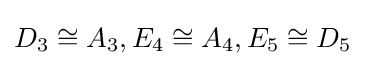
D_{3}\cong A_{3},E_{4}\cong A_{4},E_{5}\cong D_{5}